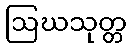
ဩဃသုတ္တ